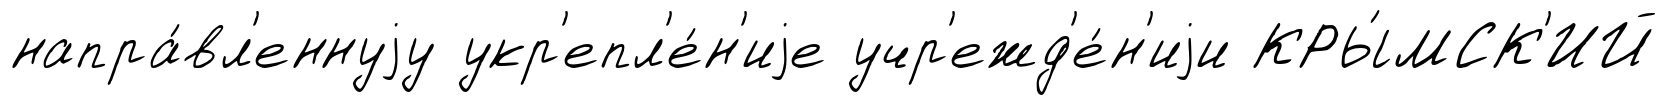
напра́вл'еннуjу укр'епл'е́н'иjе учр'ежд'е́н'иjи КРЫ́МСК'ИЙ